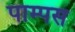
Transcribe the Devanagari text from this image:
पाम्पस